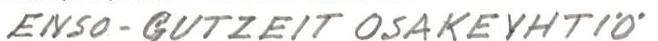
ENSO-GUTZEIT OSAKEYHTIÖ